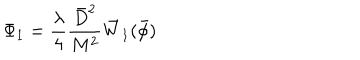
LaTeX: \Phi _ { 1 } = \frac { \lambda } { 4 } \frac { \bar { D } ^ { 2 } } { M ^ { 2 } } \bar { W } _ { 1 } ( \bar { \phi } )